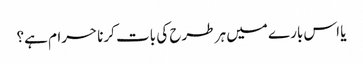
یا اس بارے میں ہر طرح کی بات کرنا حرام ہے؟